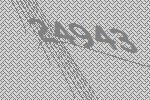
24943